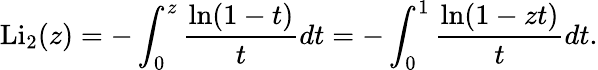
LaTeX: \operatorname{Li}_{2}(z)=-\int_{0}^{z}{\frac{\ln(1-t)}{t}}dt=-\int_{0}^{1}{\frac{\ln(1-zt)}{t}}dt.